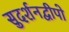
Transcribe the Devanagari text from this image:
सुदर्शनद्वीपो